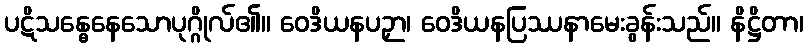
ပဋိသန္ဓေနေသောပုဂ္ဂိုလ်၏။ ဝေဒိယနပဉှာ၊ ဝေဒိယနပြဿနာမေးခွန်းသည်။ နိဋ္ဌိတာ၊